Annual statistical returns and brief notes on vaccination in Bengal - 1909-1929
Year: 1909
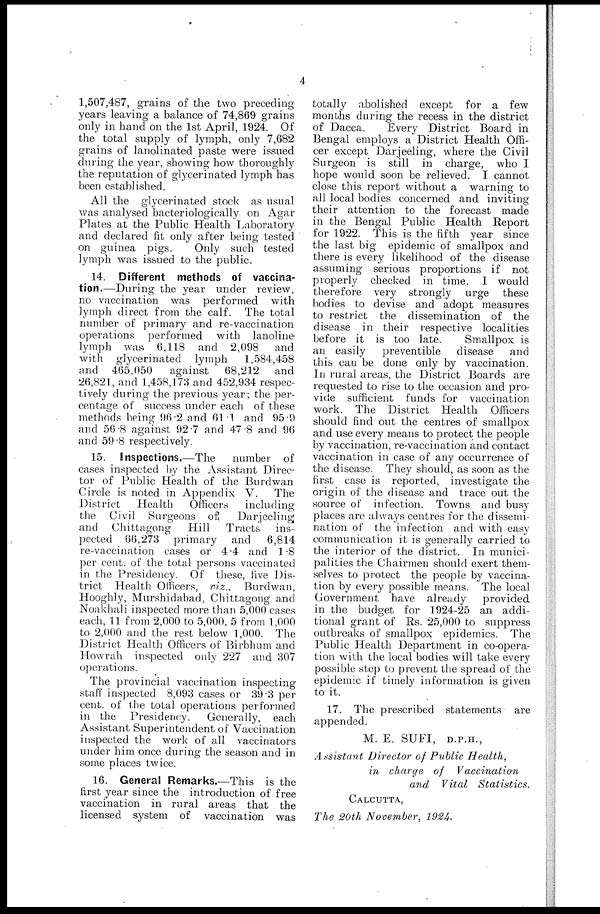
4
1,507,487, grains of the two preceding
years leaving a balance of 74,869 grains
only in hand on the 1st April, 1924. Of
the total supply of lymph, only 7,682
grains of lanolinated paste were issued
during the year, showing how thoroughly
the reputation of glycerinated lymph has
been established.
All the glycerinated stock as usual
was analysed bacteriologically on Agar
Plates at the Public Health Laboratory
and declared fit only after being tested
on guinea pigs.
Only such tested
lymph was issued to the public.
14. Different methods of vaccina-
tion.—During the year under review,
no vaccination was performed with
lymph direct from the calf. The total
number of primary and re-vaccination
operations performed with lanoline
lymph was 6,118 and 2,098 and
with glycerinated lymph
1,584,458
and 465,050
against 68,212 and
26,821, and 1,458,173 and 452,934 respec-
tively during the previous year; the per-
centage of success under each of these
methods being 96.2 and 61.1 and 95.9
and 56.8 against 92.7 and 47.8 and 96
and 59.8 respectively.
15. Inspections.—The
number of
cases inspected by the Assistant Direc-
tor of Public Health of the Burdwan
Circle is noted in Appendix V.
The
District
Health
Officers
including
the Civil Surgeons of
Darjeeling
and Chittagong
Hill Tracts ins-
pected 66,273 primary and
6,814
re-vaccination cases or 4.4 and 1.8
per cent. of the total persons vaccinated
in the Presidency. Of these, five Dis-
trict Health Officers, viz., Burdwan,
Hooghly, Murshidabad, Chittagong and
Noakhali inspected more than 5,000 cases
each, 11 from 2,000 to 5,000, 5 from 1,000
to 2,000 and the rest below 1,000. The
District Health Officers of Birbhum and
Howrah inspected only 227 and 307
operations.
The provincial vaccination inspecting
staff inspected 8,093 cases or 39.3 per
cent. of the total operations performed
in the Presidency.
Generally, each
Assistant Superintendent of Vaccination
inspected the work of all vaccinators
under him once during the season and in
some places twice.
16. General Remarks.—This is the
first year since the introduction of free
vaccination in rural areas that the
licensed system of vaccination was
totally abolished except for a few
months during the recess in the district
of Dacca.
Every District Board in
Bengal employs a District Health Offi-
cer except Darjeeling, where the Civil
Surgeon is still in charge, who I
hope would soon be relieved. I cannot
close this report without a warning to
all local bodies concerned and inviting
their attention to the forecast made
in the Bengal Public Health Report
for 1922. This is the fifth year since
the last big epidemic of smallpox and
there is every likelihood of the disease
assuming serious proportions if not
properly checked in time. I would
therefore very strongly urge these
bodies to devise and adopt measures
to restrict the dissemination of the
disease in their respective localities
before it is too late.
Smallpox is
an easily
preventible disease
and
this can be done only by vaccination.
In rural areas, the District Boards are
requested to rise to the occasion and pro-
vide sufficient funds for vaccination
work. The District Health Officers
should find out the centres of smallpox
and use every means to protect the people
by vaccination, re-vaccination and contact
vaccination in case of any occurrence of
the disease. They should, as soon as the
first case is reported, investigate the
origin of the disease and trace out the
source of infection. Towns and busy
places are always centres for the dissemi-
nation of the infection and with easy
communication it is generally carried to
the interior of the district. In munici-
palities the Chairmen should exert them-
selves to protect the people by vaccina-
tion by every possible means. The local
Government have already
provided
in the budget for 1924-25 an addi-
tional grant of Rs. 25,000 to suppress
outbreaks of smallpox epidemics. The
Public Health Department in co-opera-
tion with the local bodies will take every
possible step to prevent the spread of the
epidemic if timely information is given
to it.
17. The prescribed statements are
appended.
M. E. SUFI, D.P.H.,
Assistant Director of Public Health,
in charge of
Vaccination
and Vital
Statistics.
CALCUTTA,
The 20th November, 1924.